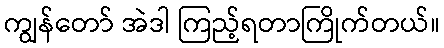
ကျွန်တော် အဲဒါ ကြည့်ရတာကြိုက်တယ်။